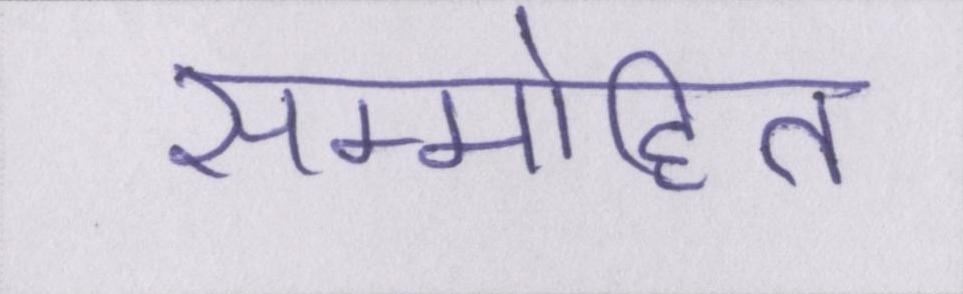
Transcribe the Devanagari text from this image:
सम्मोहित